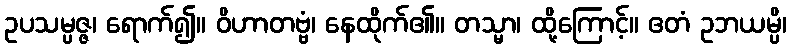
ဥပသမ္ပဇ္ဇ၊ ရောက်၍။ ဝိဟာတဗ္ဗံ၊ နေထိုက်၏။ တသ္မာ၊ ထို့ကြောင့်။ ဧတံ ဥဘယမ္ပိ၊